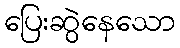
ပြေးဆွဲနေသော